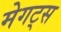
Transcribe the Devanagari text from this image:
मेगट्स